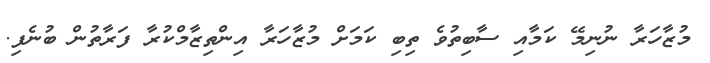
މުޒާހަރާ ނުނިމޭ ކަމާއި ސާބިތުވެ ތިބި ކަމަށް މުޒާހަރާ އިންތިޒާމްކުރާ ފަރާތުން ބުނެފި.